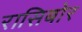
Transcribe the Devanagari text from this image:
रासिबोर